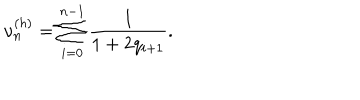
LaTeX: \nu _ { n } ^ { \left( h \right) } = \sum _ { i = 0 } ^ { n - 1 } \frac { 1 } { 1 + 2 q _ { i + 1 } } .